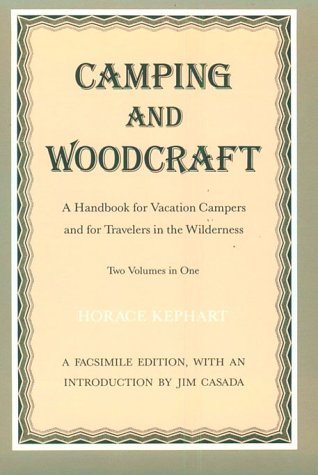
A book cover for Camping and Woodcraft: A Handbook for Vacation Campers and for Travelers in the Wilderness (2 Volumes in 1); Horace Kephart; Crafts, Hobbies & Home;